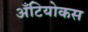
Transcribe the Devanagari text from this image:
अँटियोकस